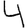
Digit: 4